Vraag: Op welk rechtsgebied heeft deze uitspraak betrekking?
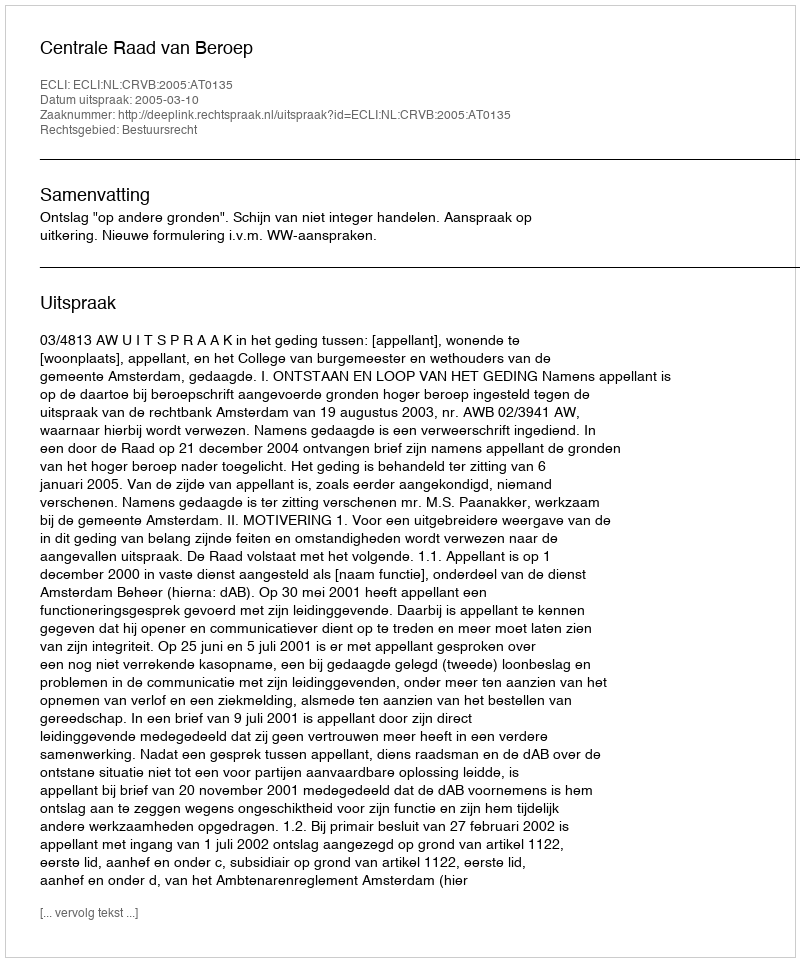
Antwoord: Bestuursrecht